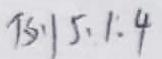
$75:15:1:4$